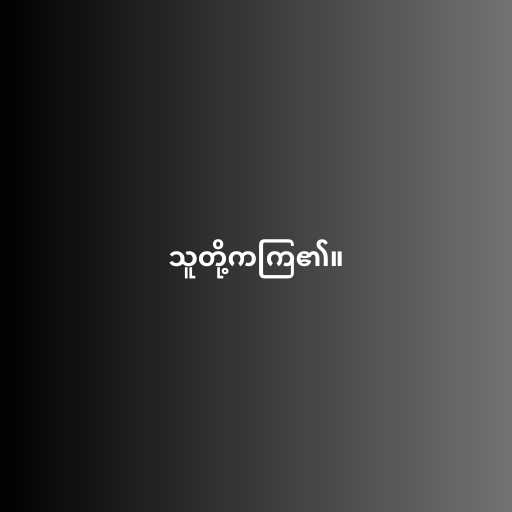
သူတို့ကကြ၏။